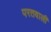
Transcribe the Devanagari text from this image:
परतवाली